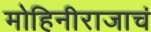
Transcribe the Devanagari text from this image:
मोहिनीराजाचं